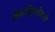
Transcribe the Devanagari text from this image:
सेवानिवृत्तीसाठी